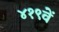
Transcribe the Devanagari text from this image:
४१९वें